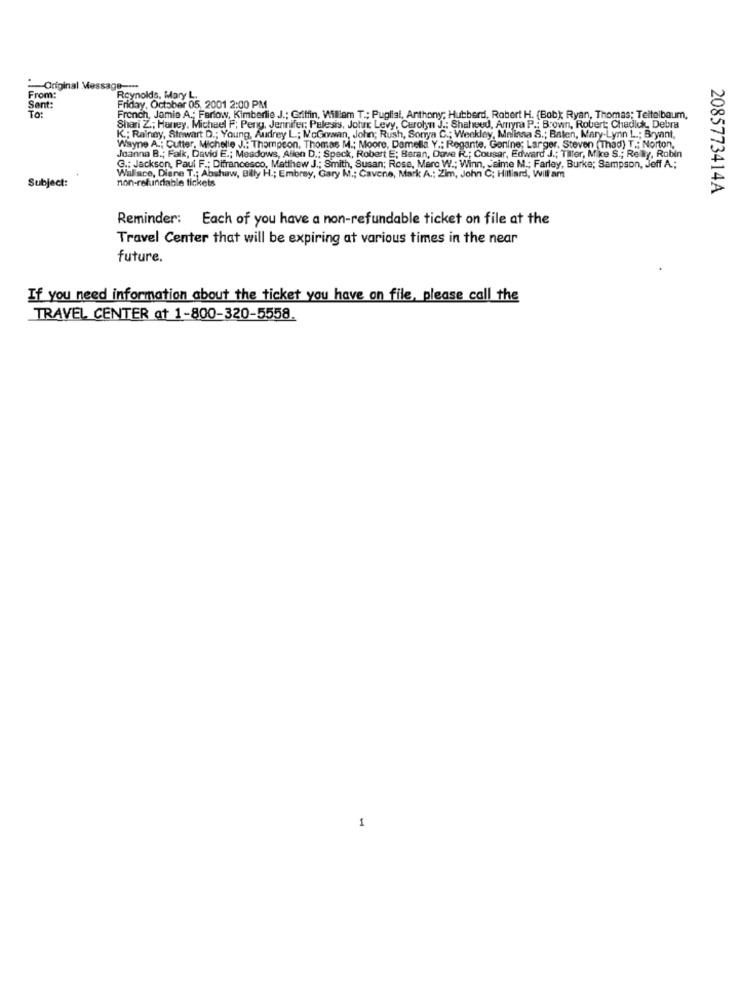
-Original Message ----
From:
Reynolds, Mary L.
Sent:
To:
Friday, October 05, 2001 2:00 PM
French, Jamie A .; Ferlow, Kimberlie J .: Griffin, William T .: Puglisi, Anthony; Hubberd, Robert H. (Bob) Ryan, Thomas; Teitelbaum,
Shari Z .; Haney, Michael F; Peng, Jennifer; Palesis, Johr Levy, Carolyn J .: Shaheed, Arryra P .: Brown, Robert; Chadich, Debra
K; Rainey, Stewart D .; Young, Audrey L; McGowan, John; Rush, Sonya C .; Weekley, Malinna S .; Baten, Mary-Lynn L .; Bryant,
Wayne A .; Cutter, Michelle J .: Thompson, Thomas M .; Moore, Damella Y .: Regante. Genine; Larger, Steven (Thad) T .: Norton,
Joanna B .; Falk, David E .; Meadows, Allen D .: Speck, Robert E; Beran, Dave R .; Cousar, Edward J .; Tiller, Mike S .; Reilly, Robin
G .: Jackson, Paul F .: Difrancesco, Matthew J .; Smith, Susan; Rose, Marc W .; Winn, aime M .; Farley, Burka; Sampson, Jeff A .;
Subject:
Wallace, Diene T .; Abshaw, Billy H .; Embrey, Gary M .; Cavene, Mark A .; Zim, John C; Hilliard, Will am
non-refundable tickets
2085773414A
Reminder: Each of you have a non-refundable ticket on file at the
Travel Center that will be expiring at various times in the near
future.
If you need information about the ticket you have on file, please call the
TRAVEL CENTER at 1-800-320-5558
1